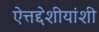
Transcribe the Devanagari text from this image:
ऐत्तद्देशीयांशी